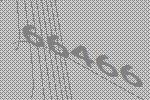
66466